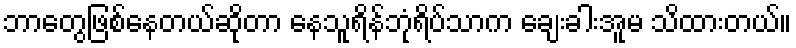
ဘာတွေဖြစ်နေတယ်ဆိုတာ နေသူရိန်ဘုံရိပ်သာက ချေးခါးအူမ သိထားတယ်။